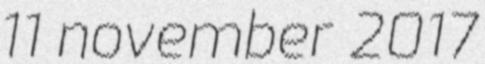
11 november 2017